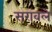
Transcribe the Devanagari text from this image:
सरावले